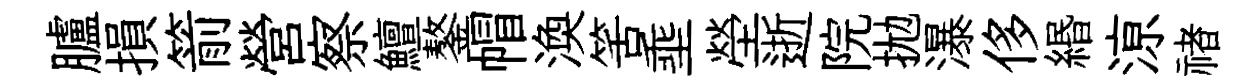
臚損箭營察鱣鏊帽渙筈埀塋逝院拋瀑侈緡鿌禇